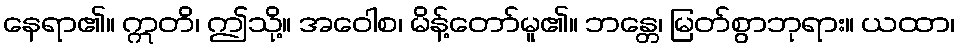
နေရာ၏။ ဣတိ၊ ဤသို့။ အဝေါစ၊ မိန့်တော်မူ၏။ ဘန္တေ၊ မြတ်စွာဘုရား။ ယထာ၊